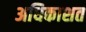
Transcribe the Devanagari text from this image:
अधिकाशत